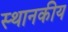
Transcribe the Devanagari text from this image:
स्थानकीय